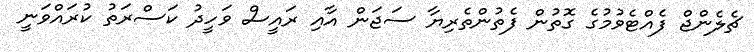
ޗެލެންޖް ފެއްޓެވުމުގެ ގޮތުން ފެތުންތެރިޔާ ސަޖަން އާއި ރައީސް ވަހީދު ކަސްރަތު ކުރައްވަނީ